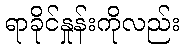
ရာခိုင်နှုန်းကိုလည်း